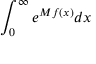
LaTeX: \int _ { 0 } ^ { \infty } e ^ { M f ( x ) } d x